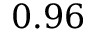
0 . 9 6